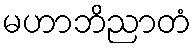
မဟာဘိညာတံ